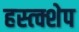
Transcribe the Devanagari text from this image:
हस्त्क्शेप